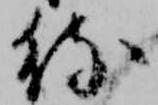
待